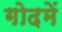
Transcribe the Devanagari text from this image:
गोदमें